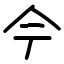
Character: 𫝆